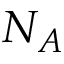
N _ { A }